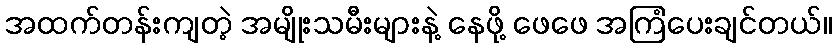
အထက်တန်းကျတဲ့ အမျိုးသမီးများနဲ့ နေဖို့ ဖေဖေ အကြံပေးချင်တယ်။